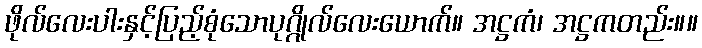
ဖိုလ်လေးပါးနှင့်ပြည့်စုံသောပုဂ္ဂိုလ်လေးယောက်။ အဋ္ဌကံ၊ အဋ္ဌကတည်း။။